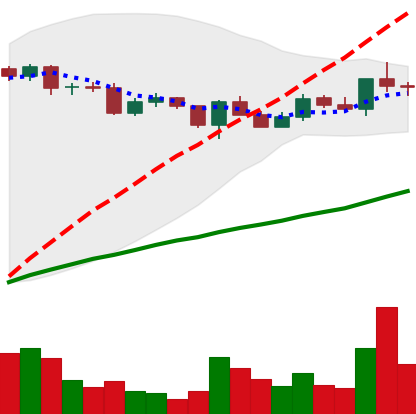
Ticker: XLM-USD
Chart end date: 2020-12-18
Forward return: -31.684%
Label: down_7plus